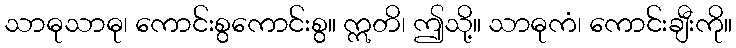
သာဓုသာဓု၊ ကောင်းစွကောင်းစွ။ ဣတိ၊ ဤသို့။ သာဓုကံ၊ ကောင်းချီးကို။